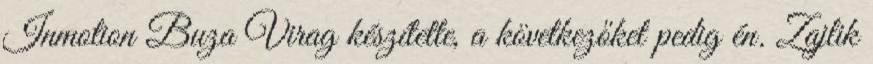
Inmotion Buza Virag készítette, a következőket pedig én. Zajlik